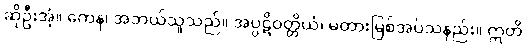
ဆိုဦးအံ့။ ကေန၊ အဘယ်သူသည်။ အပ္ပဋိဝတ္တိယံ၊ မတားမြစ်အပ်သနည်း။ ဣတိ